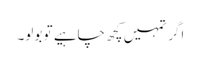
اگر تمہیں کچھ چاہیے تو بولو۔